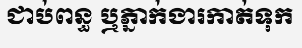
ជាប់ពន្ធ ឬភ្នាក់ងារកាត់ទុក